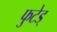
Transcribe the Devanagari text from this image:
फुटेड्